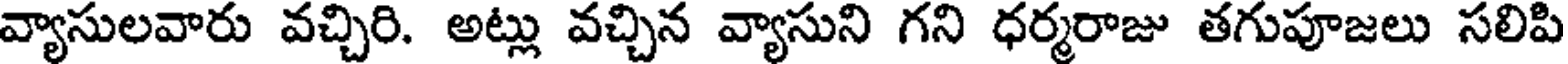
వ్యాసులవారు వచ్చిరి. అట్లు వచ్చిన వ్యాసుని గని ధర్మరాజు తగుపూజలు సలిపి